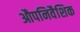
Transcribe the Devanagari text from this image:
औपनिवैशिक